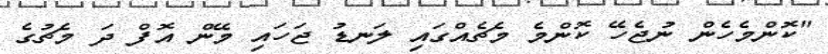
"ކޮންމެހެން ނުޖެހޭ ކޮންމެ މެޗެއްގައި ލަނޑު ޖަހައި މޭން އޮފް ދަ މެޗުގެ